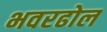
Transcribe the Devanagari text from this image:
भवरढोल